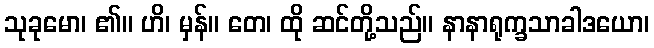
သုခုမော၊ ၏။ ဟိ၊ မှန်။ တေ၊ ထို ဆင်တို့သည်။ နာနာရုက္ခသာခါဒယော၊